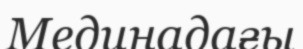
Мединадағы